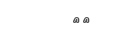
٧٩